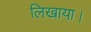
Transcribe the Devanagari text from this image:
लिखाया।